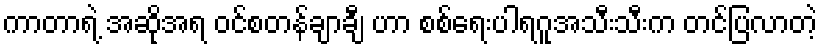
ကာတာရဲ့ အဆိုအရ ဝင်စတန်ချာချီ ဟာ စစ်ရေးပါရဂူအသီးသီးက တင်ပြလာတဲ့